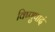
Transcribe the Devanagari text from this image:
विष्णुपादं